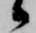
候